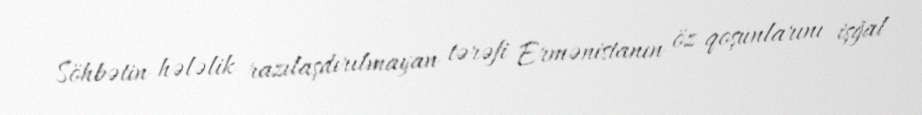
Söhbətin hələlik razılaşdırılmayan tərəfi Ermənistanın öz qoşunlarını işğal